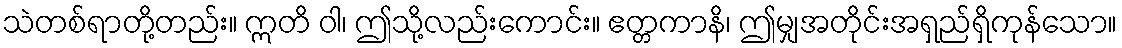
သဲတစ်ရာတို့တည်း။ ဣတိ ဝါ၊ ဤသို့လည်းကောင်း။ ဧတ္တကာနိ၊ ဤမျှအတိုင်းအရှည်ရှိကုန်သော။